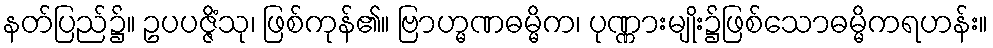
နတ်ပြည်၌။ ဥပပဇ္ဇိံသု၊ ဖြစ်ကုန်၏။ ဗြာဟ္မဏဓမ္မိက၊ ပုဏ္ဏားမျိုး၌ဖြစ်သောဓမ္မိကရဟန်း။